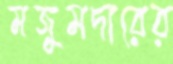
মজুমদারের